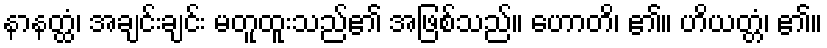
နာနတ္ထံ၊ အချင်းချင်း မတူထူးသည်၏ အဖြစ်သည်။ ဟောတိ၊ ၏။ ဟိယတ္တံ၊ ၏။